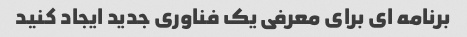
برنامه ای برای معرفی یک فناوری جدید ایجاد کنید